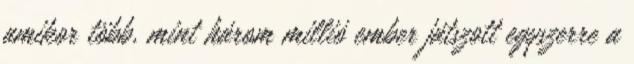
amikor több, mint három millió ember játszott egyszerre a